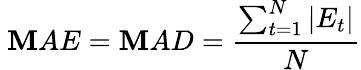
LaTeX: \ \mathbf{M}AE=\mathbf{M}AD={\frac{{\sum_{t=1}^{N}|E_{t}|}}{{N}}}